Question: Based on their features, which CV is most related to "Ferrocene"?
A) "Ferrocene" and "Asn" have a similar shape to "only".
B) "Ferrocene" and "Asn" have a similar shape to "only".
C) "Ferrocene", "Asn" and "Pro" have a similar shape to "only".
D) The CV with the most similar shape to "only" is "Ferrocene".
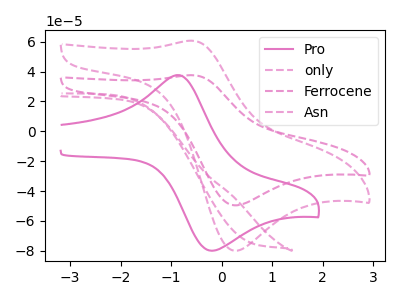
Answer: <think>The pink curve "Pro" has an anodic peak at (-0.85V, 37.60uA) and a cathodic peak at (-0.20V, -79.95uA). The pink dashed curve "only" has an anodic peak at (-0.55V, 60.60uA) and a cathodic peak at (0.25V, -79.95uA). The pink dashed curve "Ferrocene" has an anodic peak at (-0.55V, 37.55uA) and a cathodic peak at (0.25V, -49.55uA). The pink dashed curve "Asn" has no peaks.
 "Pro" and "only" have at least one peak that do not match. "Pro" and "Ferrocene" have at least one peak that do not match. "Pro" and "Asn" have a different number of peaks. All the peaks in "only" have a peak in "Ferrocene" at the same potential. Every peak in "only" is higher than every peak in "Ferrocene". "only" and "Asn" have a different number of peaks. "Ferrocene" and "Asn" have a different number of peaks.</think>
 <answer>D) The CV with the most similar shape to "only" is "Ferrocene".</answer>
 <eval>D</eval>